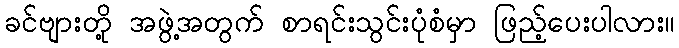
ခင်ဗျားတို့ အဖွဲ့အတွက် စာရင်းသွင်းပုံစံမှာ ဖြည့်ပေးပါလား။